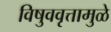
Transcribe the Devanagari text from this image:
विषुववृत्तामुळे